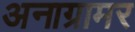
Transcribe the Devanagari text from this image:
अनाग्रामर